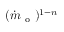
( \dot { m } _ { \mathrm { ~ o ~ } } ) ^ { 1 - n }